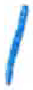
אות: ו